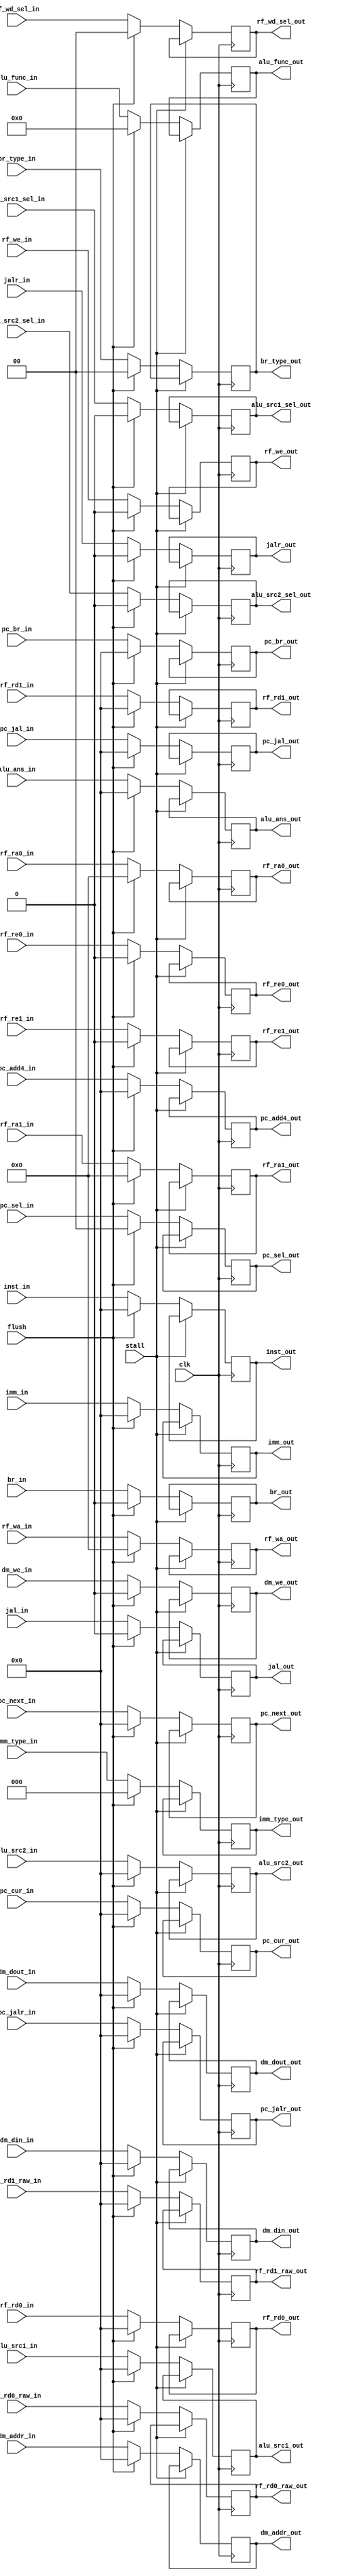
`timescale 1ns / 1ps

module SEG_REG(
	input clk,flush,stall,

	input [31:0] pc_cur_in,inst_in,
	input [4:0] rf_ra0_in,rf_ra1_in,
	input rf_re0_in,rf_re1_in,
	input [31:0] rf_rd0_raw_in,rf_rd1_raw_in,rf_rd0_in,rf_rd1_in,
	input [4:0] rf_wa_in,
	input [1:0] rf_wd_sel_in,
	input rf_we_in,
	input [2:0] imm_type_in,
	input [31:0] imm_in,
	input alu_src1_sel_in,alu_src2_sel_in,
	input [31:0] alu_src1_in,alu_src2_in,
	input [3:0] alu_func_in,
	input [31:0] alu_ans_in,pc_add4_in,pc_br_in,pc_jal_in,pc_jalr_in,
	input jal_in,jalr_in,br_in,dm_we_in,
	input [1:0] br_type_in,pc_sel_in,
	input [31:0] pc_next_in,dm_addr_in,dm_din_in,dm_dout_in,
	
	output reg [31:0] pc_cur_out,inst_out,
	output reg [4:0] rf_ra0_out,rf_ra1_out,
	output reg rf_re0_out,rf_re1_out,
	output reg [31:0] rf_rd0_raw_out,rf_rd1_raw_out,rf_rd0_out,rf_rd1_out,
	output reg [4:0] rf_wa_out,
	output reg [1:0] rf_wd_sel_out,
	output reg rf_we_out,
	output reg [2:0] imm_type_out,
	output reg [31:0] imm_out,
	output reg alu_src1_sel_out,alu_src2_sel_out,
	output reg [31:0] alu_src1_out,alu_src2_out,
	output reg [3:0] alu_func_out,
	output reg [31:0] alu_ans_out,pc_add4_out,pc_br_out,pc_jal_out,pc_jalr_out,
	output reg jal_out,jalr_out,br_out,dm_we_out,
	output reg [1:0] br_type_out,pc_sel_out,
	output reg [31:0] pc_next_out,dm_addr_out,dm_din_out,dm_dout_out	
    );
always @(posedge clk)
if (stall == 0)
if (flush)
begin
	pc_cur_out = 0;
  	inst_out = 0;
  	rf_ra0_out = 0;
  	rf_ra1_out = 0;
  	rf_re0_out = 0;
  	rf_re1_out = 0;
  	rf_rd0_raw_out = 0;
  	rf_rd1_raw_out = 0;
	rf_rd0_out = 0;
	rf_rd1_out = 0;
	rf_wa_out = 0;
	rf_wd_sel_out = 0;
	rf_we_out = 0;
	imm_type_out = 0;
	imm_out = 0;
	alu_src1_sel_out = 0;
	alu_src2_sel_out = 0;
	alu_src1_out = 0;
	alu_src2_out = 0;
	alu_func_out = 0;
	alu_ans_out = 0;
	pc_add4_out = 0;
	pc_br_out = 0;
	pc_jal_out = 0;
	pc_jalr_out = 0;
	jal_out = 0;
	jalr_out = 0;
	br_out = 0;
	dm_we_out = 0;
	br_type_out = 0;
	pc_sel_out = 0;
	pc_next_out = 0;
	dm_addr_out = 0;
	dm_din_out = 0;
	dm_dout_out = 0;
end
else 
begin
	pc_cur_out = pc_cur_in;
  	inst_out = inst_in;
  	rf_ra0_out = rf_ra0_in;
  	rf_ra1_out = rf_ra1_in;
  	rf_re0_out = rf_re0_in;
  	rf_re1_out = rf_re1_in;
  	rf_rd0_raw_out = rf_rd0_raw_in;
  	rf_rd1_raw_out = rf_rd1_raw_in;
	rf_rd0_out = rf_rd0_in;
	rf_rd1_out = rf_rd1_in;
	rf_wa_out = rf_wa_in;
	rf_wd_sel_out = rf_wd_sel_in;
	rf_we_out = rf_we_in;
	imm_type_out = imm_type_in;
	imm_out = imm_in;
	alu_src1_sel_out = alu_src1_sel_in;
	alu_src2_sel_out = alu_src2_sel_in;
	alu_src1_out = alu_src1_in;
	alu_src2_out = alu_src2_in;
	alu_func_out = alu_func_in;
	alu_ans_out = alu_ans_in;
	pc_add4_out = pc_add4_in;
	pc_br_out = pc_br_in;
	pc_jal_out = pc_jal_in;
	pc_jalr_out = pc_jalr_in;
	jal_out = jal_in;
	jalr_out = jalr_in;
	br_out = br_in;
	dm_we_out = dm_we_in;
	br_type_out = br_type_in;
	pc_sel_out = pc_sel_in;
	pc_next_out = pc_next_in;
	dm_addr_out = dm_addr_in;
	dm_din_out = dm_din_in;
	dm_dout_out = dm_dout_in;
end

endmodule